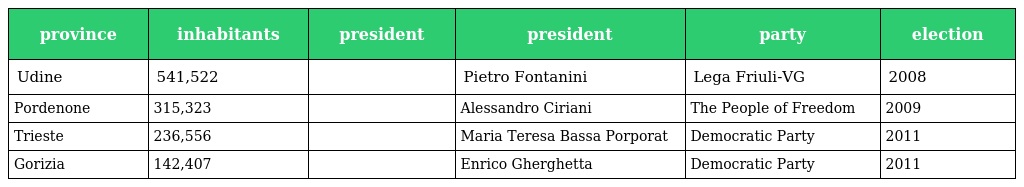
| province | inhabitants | president | president | party | election |
 | --- | --- | --- | --- | --- | --- |
 | Udine | 541,522 |  | Pietro Fontanini | Lega Friuli-VG | 2008 |
 | Pordenone | 315,323 |  | Alessandro Ciriani | The People of Freedom | 2009 |
 | Trieste | 236,556 |  | Maria Teresa Bassa Porporat | Democratic Party | 2011 |
 | Gorizia | 142,407 |  | Enrico Gherghetta | Democratic Party | 2011 |